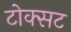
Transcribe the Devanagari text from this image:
टोक्सट